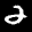
Label: 2